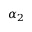
\alpha _ { 2 }